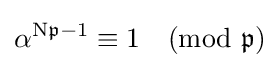
\alpha ^{\mathrm {N} {\mathfrak {p}}-1}\equiv 1{\pmod {\mathfrak {p}}}